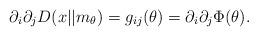
LaTeX: \begin{align*}\partial_i \partial_j D(x||m_\theta) = g_{ij}(\theta) = \partial_i \partial_j \Phi(\theta).\end{align*}